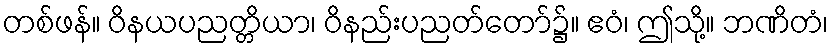
တစ်ဖန်။ ဝိနယပညတ္တိယာ၊ ဝိနည်းပညတ်တော်၌။ ဧဝံ၊ ဤသို့။ ဘဏိတံ၊